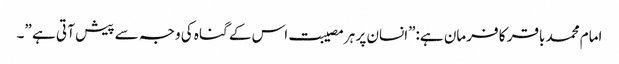
امام محمد باقر کا فرمان ہے:”انسان پر ہر مصیبت اس کے گناہ کی وجہ سے پیش آ تی ہے ”۔